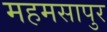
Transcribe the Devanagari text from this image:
महमसापुर